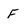
Character: F